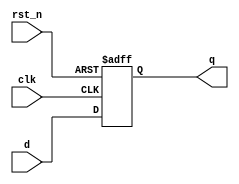
module DFF #(parameter data_width = 14)(
    input clk,rst_n,
    input [data_width-1:0] d,
    output reg [data_width-1:0] q 
    );
    always@(posedge clk or negedge rst_n)
    begin
      if(!rst_n)
        q <= 0;
      else
        q <= d;
    end
endmodule